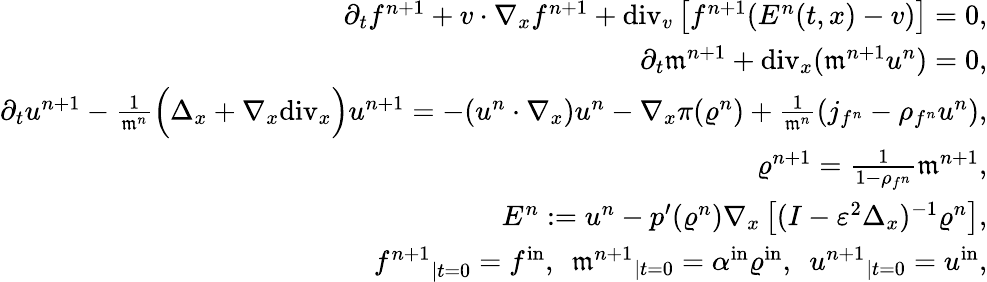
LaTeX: \begin{array}{r}{\partial_{t}f^{n+1}+v\cdot\nabla_{x}f^{n+1}+\mathrm{div}_{v}\left[f^{n+1}(E^{n}(t,x)-v)\right]=0,}\\ {\partial_{t}\mathfrak{m}^{n+1}+\mathrm{div}_{x}(\mathfrak{m}^{n+1}u^{n})=0,}\\ {\partial_{t}u^{n+1}-\frac{1}{\mathfrak{m}^{n}}\Big(\Delta_{x}+\nabla_{x}\mathrm{div}_{x}\Big)u^{n+1}=-(u^{n}\cdot\nabla_{x})u^{n}-\nabla_{x}\pi(\varrho^{n})+\frac{1}{\mathfrak{m}^{n}}(j_{f^{n}}-\rho_{f^{n}}u^{n}),}\\ {\varrho^{n+1}=\frac{1}{1-\rho_{f^{n}}}\mathfrak{m}^{n+1},}\\ {E^{n}:=u^{n}-p^{\prime}(\varrho^{n})\nabla_{x}\left[(I-\varepsilon^{2}\Delta_{x})^{-1}\varrho^{n}\right],}\\ {{f^{n+1}}_{\mid t=0}=f^{\mathrm{in}},\ \ {\mathfrak{m}^{n+1}}_{\mid t=0}=\alpha^{\mathrm{in}}\varrho^{\mathrm{in}},\ \ {u^{n+1}}_{\mid t=0}=u^{\mathrm{in}},}\end{array}